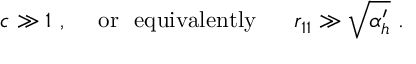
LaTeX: c \gg 1 \ , \ \ \ \ \mathrm { o r \ \ e q u i v a l e n t l y } \ \ \ \ \ r _ { 1 1 } \gg \sqrt { \alpha _ { h } ^ { \prime } } \ .